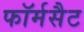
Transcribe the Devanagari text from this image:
फॉर्मसैट